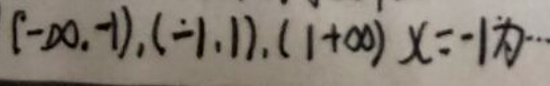
$(-\infty,-1),(-1,1),(1 + \infty)\ x=-1$为